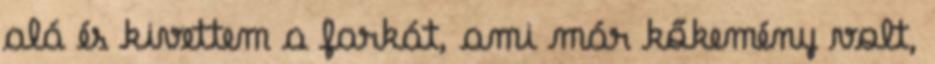
alá és kivettem a farkát, ami már kőkemény volt,